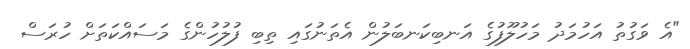
"އެ ވަގުތު އަހުމަދު މަހުލޫފުގެ އަނބިކަނބަލުން އެތަނުގައި ތިބި ފުލުހުންގެ މަސައްކަތަށް ހުރަސް